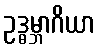
ဥဒ္ဓမ္ဘာဂိယာ